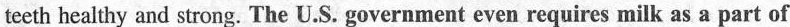
teeth healthy and strong. The U.S. Government even requires milk as a part of